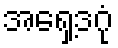
အရှေ့ဒဂုံ